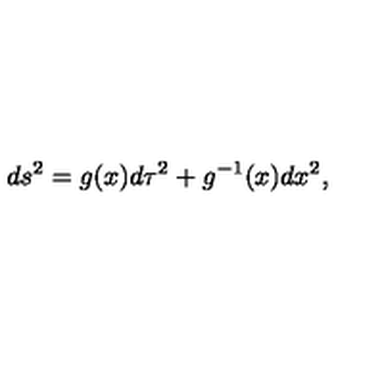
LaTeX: d s ^ { 2 } = g ( x ) d \tau ^ { 2 } + g ^ { - 1 } ( x ) d x ^ { 2 } ,